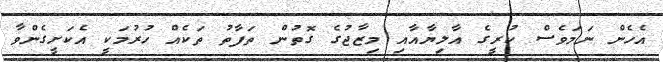
އެހެން ނަމަވެސް ކުރީގެ އާލިޔާއާއި މިޒާޖުގެ ގޮތުން ތަފާތު ތަކެއް ހުރުމަކީ އެކަށީގެންވާ